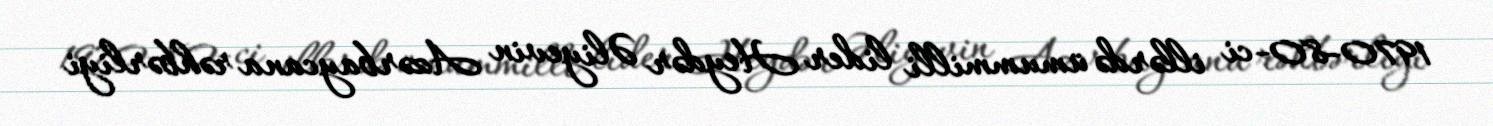
1970-80-ci illərdə ümummilli lider Heydər Əliyevin Azərbaycana rəhbərliyi